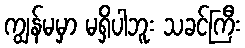
ကျွန်မမှာ မရှိပါဘူး သခင်ကြီး